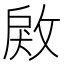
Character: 𢽲